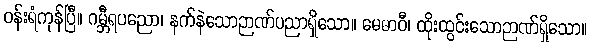
ဝန်းရံကုန်ပြီ။ ဂမ္ဘီရပညော၊ နက်နဲသောဉာဏ်ပညာရှိသော။ မေဓာဝီ၊ ထိုးထွင်းသောဉာဏ်ရှိသော။